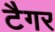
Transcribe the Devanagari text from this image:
टैगर